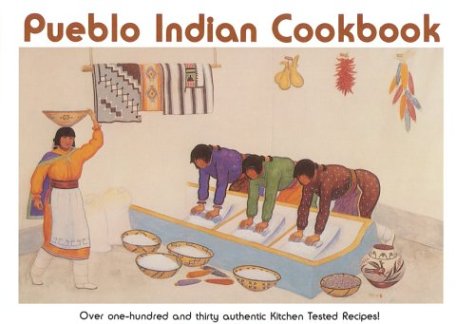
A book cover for Pueblo Indian Cookbook: Recipes from the Pueblos of the American Southwest; Phyllis Hughes; Cookbooks, Food & Wine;